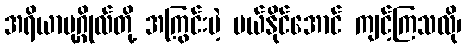
အရိယာပုဂ္ဂိုလ်တို့ အကြွင်းမဲ့ ပယ်နိုင်အောင် ကျင့်ကြသလို၊